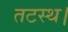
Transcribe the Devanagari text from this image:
तटस्थ।